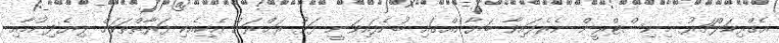
އެގްރިކަލްޗަރު މިނިސްޓްރީން ނެރެފައިވާ ބަޔާނެއްގައި ބުނެފައިވަނީ ފަޅު ރަށްރަށް އެކިއެކި ފަރާތްތަކަށް ލިޔެދިނުމާއި